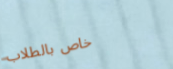
خاص بالطلاب